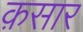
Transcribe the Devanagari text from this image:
क़सार